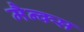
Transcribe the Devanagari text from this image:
मैन्क्स